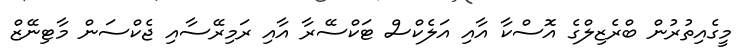
މީގެއިތުރުން ބްރެޒިލްގެ އޮސްކާ އާއި އަލެކްސް ޓަކްސޭރާ އާއި ރަމިރޭސާއި ޖެކްސަން މާޓިނޭޒް